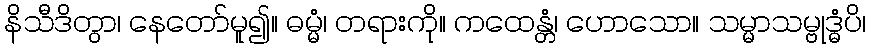
နိသီဒိတွာ၊ နေတော်မူ၍။ ဓမ္မံ၊ တရားကို။ ကထေန္တံ၊ ဟောသော။ သမ္မာသမ္ဗုဒ္ဓံပိ၊